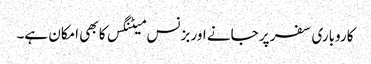
کاروباری سفر پر جانے اور بزنس میٹنگس کا بھی امکان ہے۔